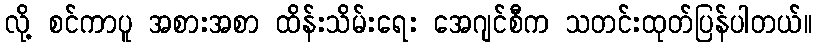
လို့ စင်ကာပူ အစားအစာ ထိန်းသိမ်းရေး အေဂျင်စီက သတင်းထုတ်ပြန်ပါတယ်။